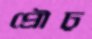
প্রৌঢ়